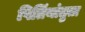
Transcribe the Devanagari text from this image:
पितिंयांतुता